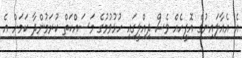
އެ އެއާލައިނުގެ އޮފީހެއް ވެސް ދިއްލީގައި ހުޅުވުމުގެ މަސައްކަތް ކުރަމުންދާ ކަމަށް އެ